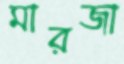
মারজা